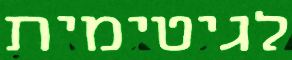
לגיטימית